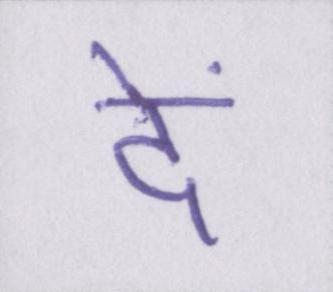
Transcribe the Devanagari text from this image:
दें